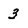
Character: 3